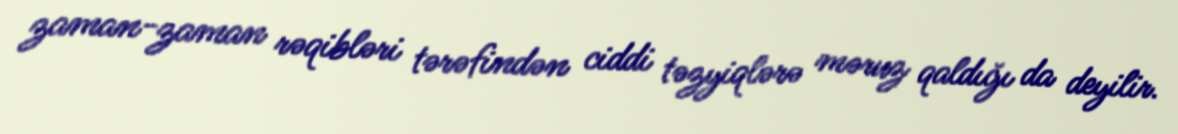
zaman-zaman rəqibləri tərəfindən ciddi təzyiqlərə məruz qaldığı da deyilir.